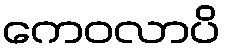
ကေဝလာပိ